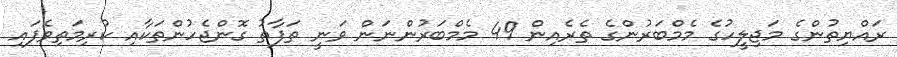
ރައްޔިތުންގެ މަޖިލީހުގެ މެމްބަރުންގެ ތެރެއިން 49 މެމްބަރުންނަން ވަނީ ތަފާތު ގޮންޖެހުންތަކާއި ކުރިމަތިވެފައި